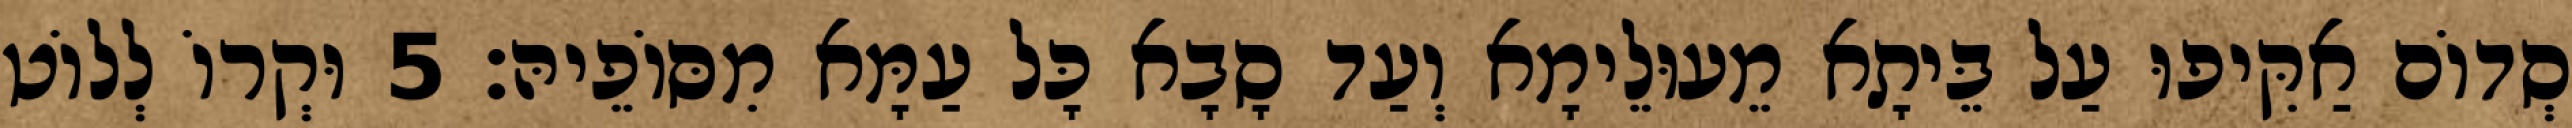
סְדוֹם אַקִּיפוּ עַל בֵּיתָא מֵעוּלֵימָא וְעַד סָבָא כָּל עַמָּא מִסּוֹפֵיהּ׃ 5 וּקְרוֹ לְלוֹט